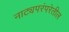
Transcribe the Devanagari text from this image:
नाट्यपरंपरेतील